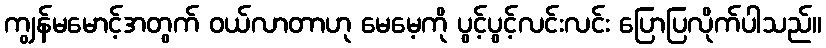
ကျွန်မမောင့်အတွက် ဝယ်လာတာဟု မေမေ့ကို ပွင့်ပွင့်လင်းလင်း ပြောပြလိုက်ပါသည်။